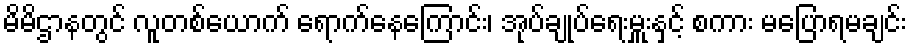
မိမိဌာနတွင် လူတစ်ယောက် ရောက်နေကြောင်း၊ အုပ်ချုပ်ရေးမှူးနှင့် စကား မပြောရမချင်း